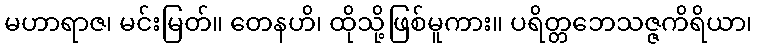
မဟာရာဇ၊ မင်းမြတ်။ တေနဟိ၊ ထိုသို့ဖြစ်မူကား။ ပရိတ္တဘေသဇ္ဇကိရိယာ၊